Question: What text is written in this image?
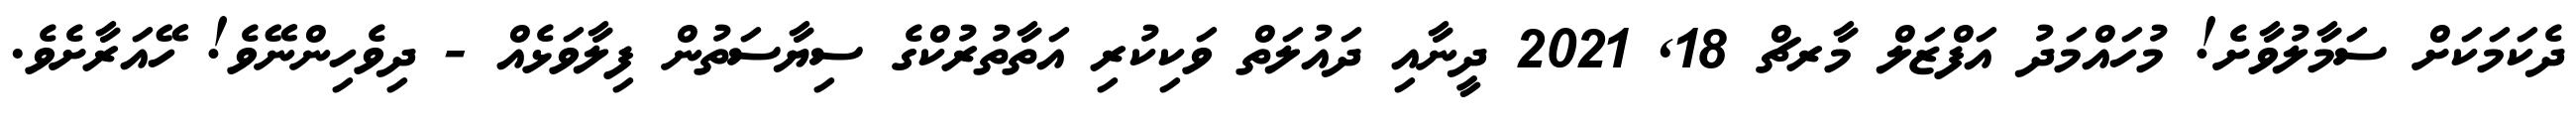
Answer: ދެކަމަކަށް ސަމާލުވާށެ! މުހައްމަދު އަފްޒަލް މާރޗް 18, 2021 ދީނާއި ދައުލަތް ވަކިކުރި އަތާތުރުކްގެ ސިޔާސަތުން ފިލާވަޅެއް - ދިވެހިންނޭވެ! ހޭއަރާށެވެ.